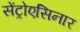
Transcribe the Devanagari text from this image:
सेंट्रोएसिनार